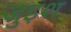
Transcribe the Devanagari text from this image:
जुइश